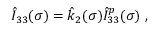
\hat { I } _ { 3 3 } ( \sigma ) = \hat { k } _ { 2 } ( \sigma ) \hat { I } _ { 3 3 } ^ { p } ( \sigma ) \ ,